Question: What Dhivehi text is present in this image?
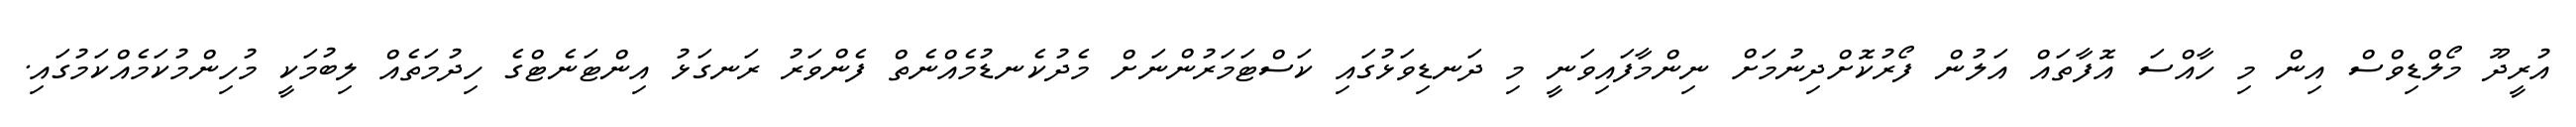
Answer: އުރީދޫ މޯލްޑިވްސް އިން މި ހާއްސަ އޮފާތައް އަލުން ފޯރުކޮށްދިނުމަށް ނިންމާފައިވަނީ މި ދަނޑިވަޅުގައި ކަސްޓަމަރުންނަށް މެދުކެނޑުމެއްނެތް ފެންވަރު ރަނގަޅު އިންޓަނެޓްގެ ހިދުމަތެއް ލިބުމަކީ މުހިންމުކަމެއްކަމުގައި.